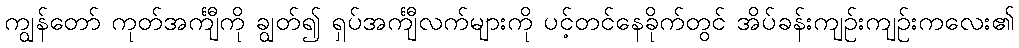
ကျွန်တော် ကုတ်အင်္ကျီကို ချွတ်၍ ရှပ်အင်္ကျီလက်များကို ပင့်တင်နေခိုက်တွင် အိပ်ခန်းကျဉ်းကျဉ်းကလေး၏